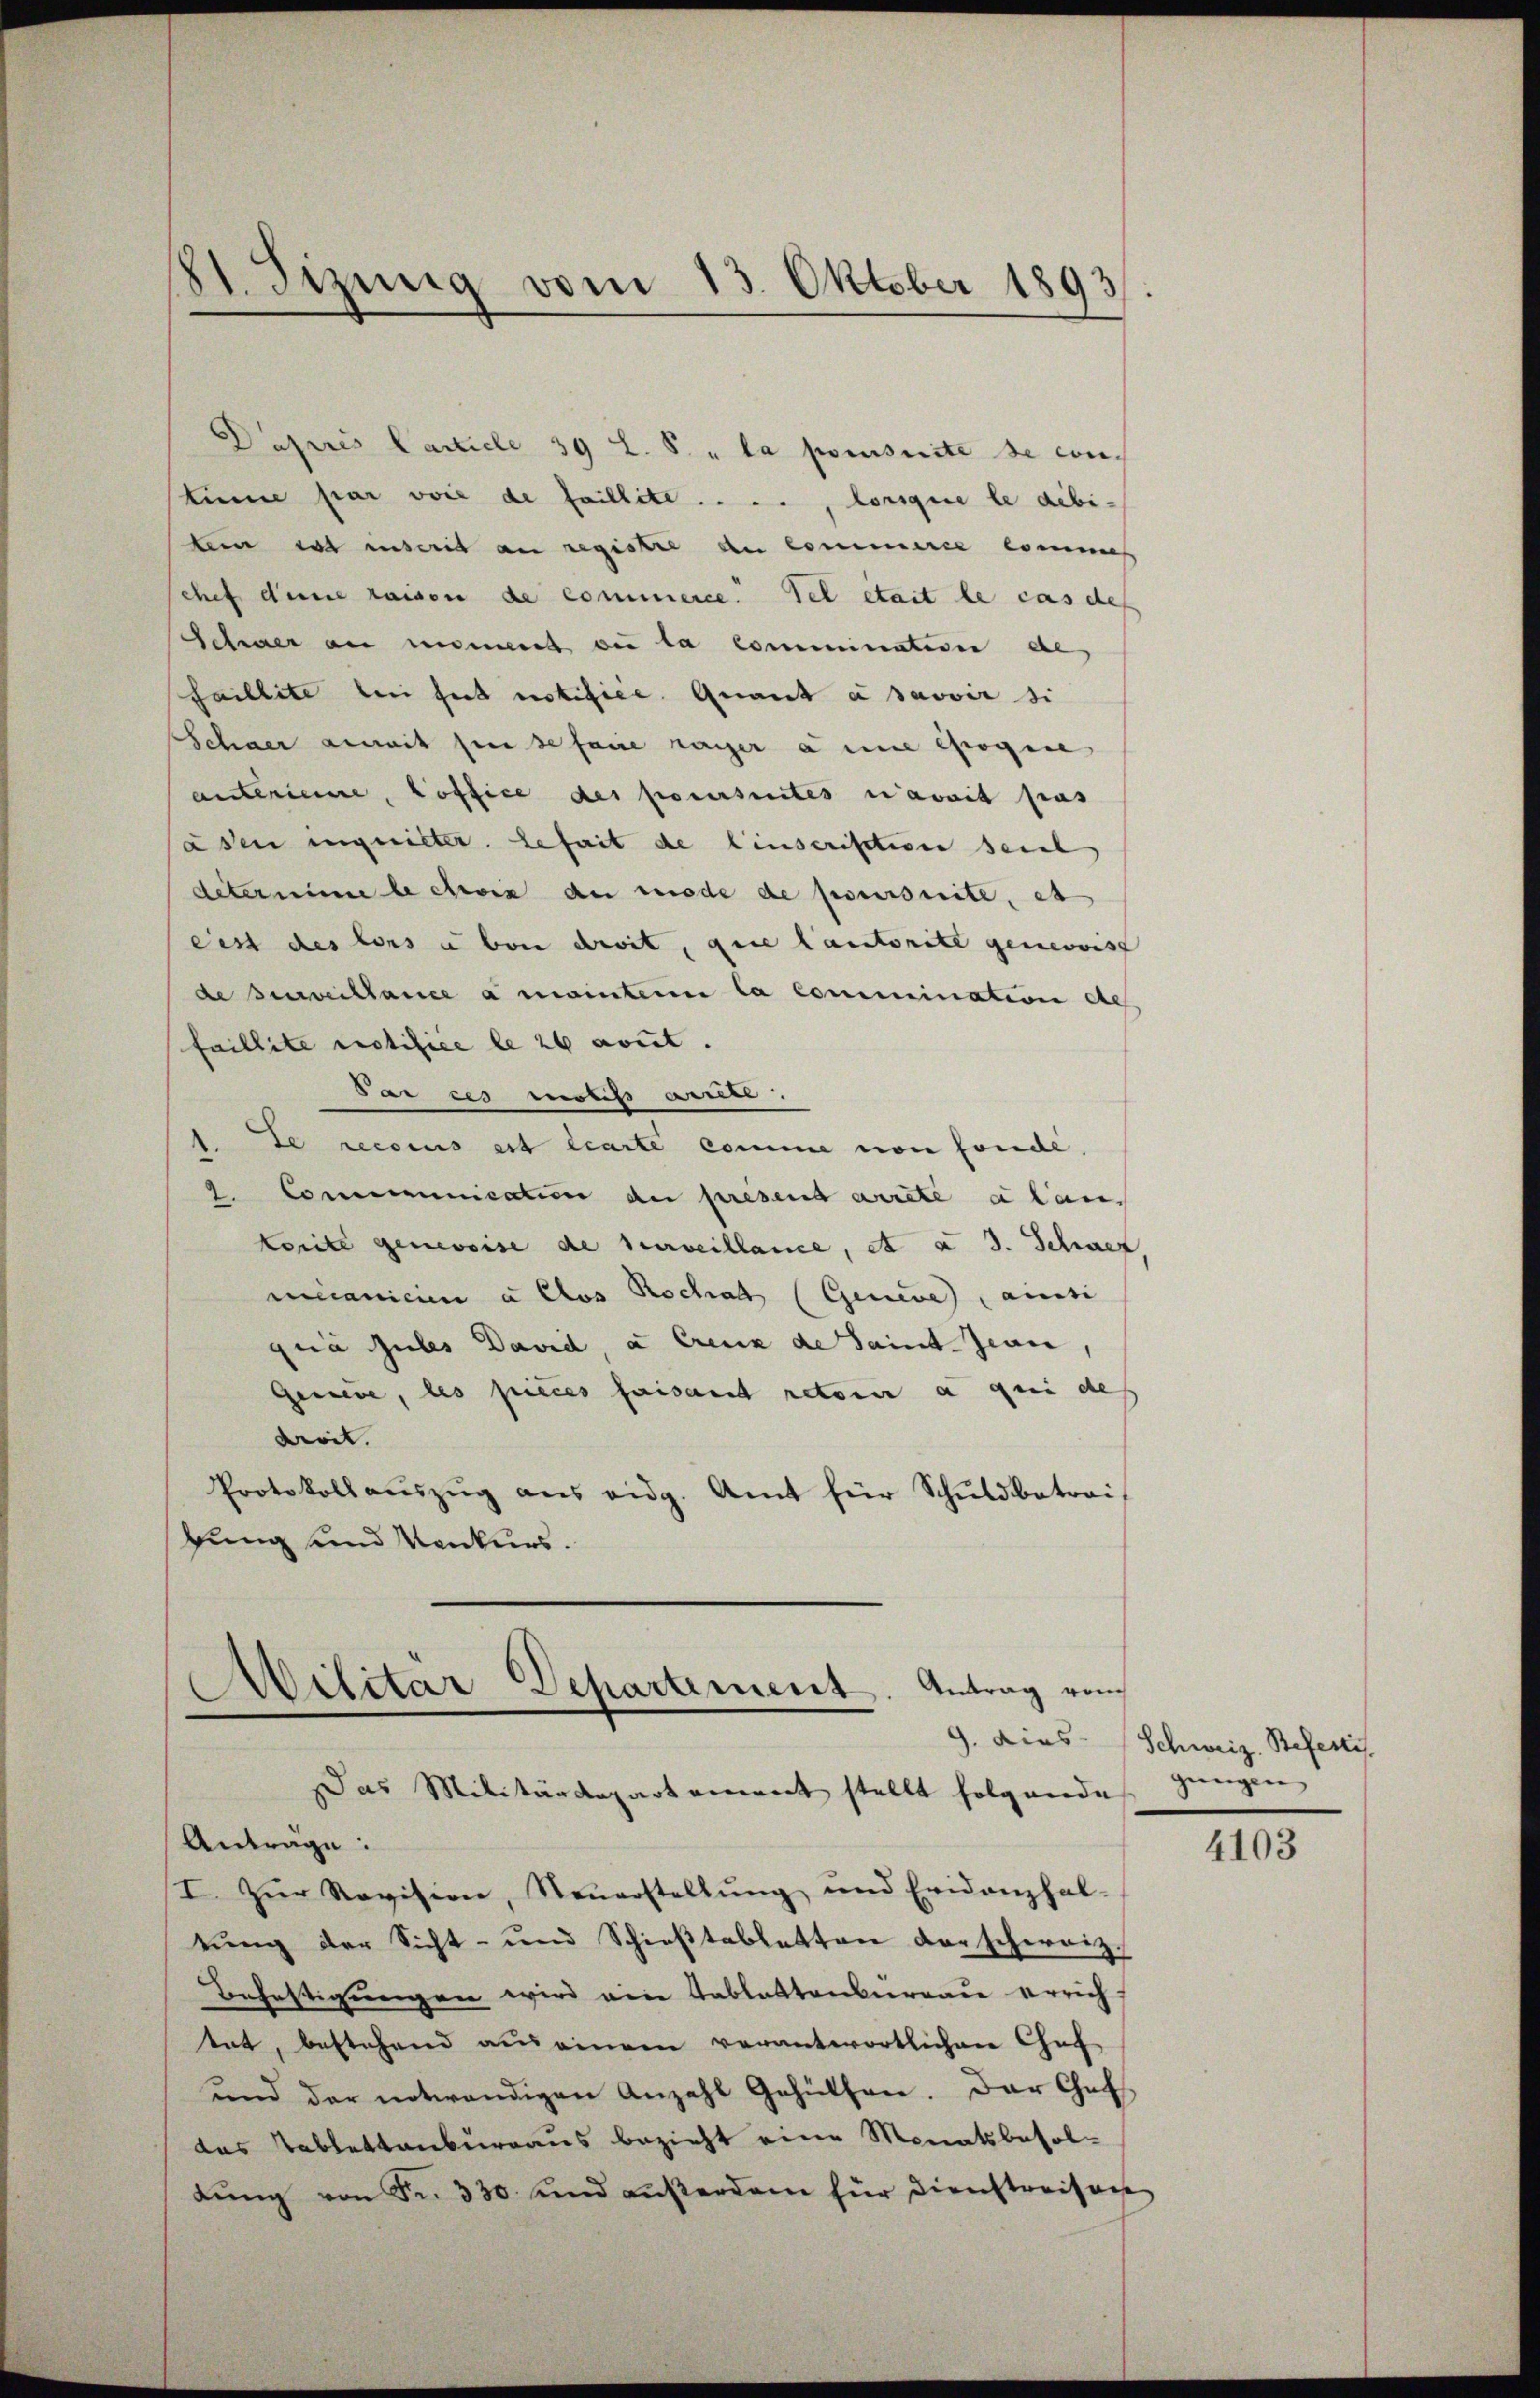
Dapres Carticle 39 L. S. „ la poursuite de con-
time par voie de faillite . . . ., lorsque le débi-
tein es inscrit an registre du Commirie commes
Schef dene raison de commence. Tel était le cas des
Schwer au moment die la commination de
saillite bei hat notifice. Quant à savoir si
Schner anmit sie se faire ranger a eine sogene
anterienne, Hoffice des poursuites navit pas
asen ingeister. gefeit de linserisation seine
determine le croix du mode de poursuite, et
cest des lors a von droit, die Cantorite genevoist
de surveillance a mainter la commination de
faillite erotifice le 26 cout.
Sai es motis ausser.
te recsens est learte comme von fondé.
2. Communication de presend arrete a lan
komite genevoise de surveillance, et a 3. Schwer
micanicien à Clos Rochal (Geneve anti
quia jubes David, a Creuz de Saint Jean,
Gesiebe, les pieces faisant retour a qui des
droit.
Protokollaŭszŭg ans eidg. Amt für Schŭldbetrai
gung und Konkurs.

81. Jizung vom 13. Oktober 1893

Militar Departement. Antrag vom
9. dies
Das Militärdepartement stellt folgende

Anträge:
I. Zŭr Revision, Steŭerstellŭng und Eridanzhal-
tung der Sicht- und Schießtabletten der schweiz.
Befestigungen wird eine Tablattenbureau errichtat, bestehend aus einem verantwortlichen Chef
ŭnd der notwendigen Anzahl Gehülfen. Der Cat
das Tablettenbureaus bezieht eine Monatsbesoldŭng von Fr. 330 und aŭβerdam für dienstreisa

Schweiz. Befesti
gungen

4103